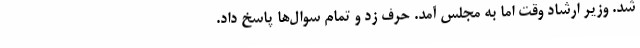
شد. وزیر ارشاد وقت اما به مجلس آمد. حرف زد و تمام سوال‌ها پاسخ داد.